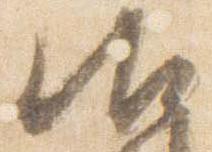
御